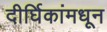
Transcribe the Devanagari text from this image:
दीर्घिकांमधून